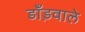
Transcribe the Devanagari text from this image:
डाँड़वाले